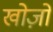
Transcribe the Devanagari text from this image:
खोज़ों